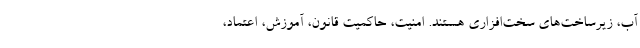
آب، زیرساخت‌های سخت‌افزاری هستند. امنیت، حاکمیت قانون، آموزش، اعتماد،